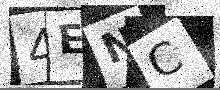
Text: 4ENC